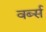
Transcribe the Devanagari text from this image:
वर्ब्स